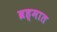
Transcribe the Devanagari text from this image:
ब्रह्मात